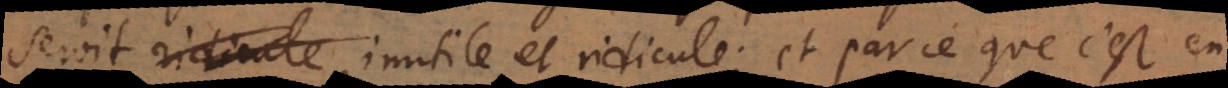
seroit inutile et ridicule; et parce que c’est en